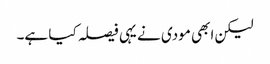
لیکن ابھی مودی نے یہی فیصلہ کیا ہے۔